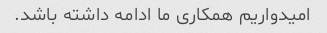
امیدواریم همکاری ما ادامه داشته باشد.